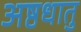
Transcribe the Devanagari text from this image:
अष्ठधातु